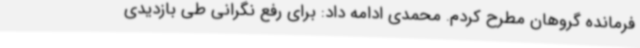
فرمانده گروهان مطرح کردم. محمدی ادامه داد: برای رفع نگرانی طی بازدیدی